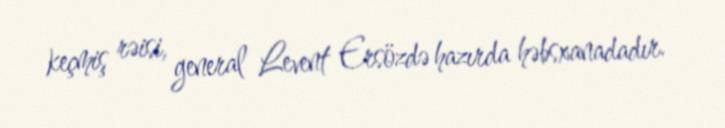
keçmiş rəisi, general Levent Ersözdə hazırda həbsxanadadır.